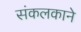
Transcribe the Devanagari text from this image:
संकलकाने